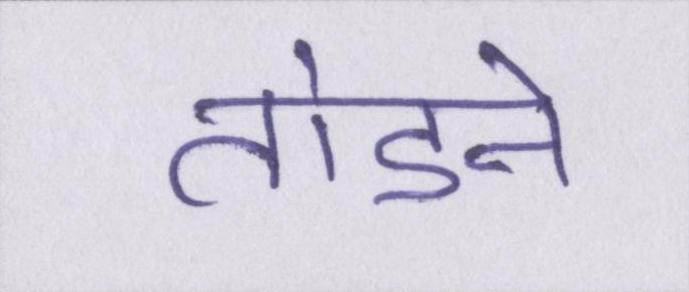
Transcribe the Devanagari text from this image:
तोडने